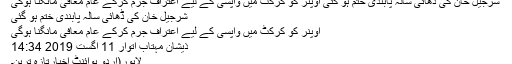
شرجیل خان کی ڈھائی سالہ پابندی ختم ہو گئی اوپنر کو کرکٹ میں واپسی کے لیے اعتراف جرم کرکے عام معافی مانگنا ہوگی
شرجیل خان کی ڈھائی سالہ پابندی ختم ہو گئی
اوپنر کو کرکٹ میں واپسی کے لیے اعتراف جرم کرکے عام معافی مانگنا ہوگی
ذیشان مہتاب اتوار 11 اگست 2019 14:34
لاہور(اردو پوائنٹ اخبارتازہ ترین۔